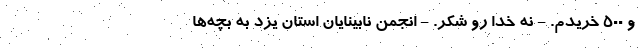
و ۵۰۰ خریدم. - نه خدا رو شکر. - انجمن نابینایان استان یزد به بچه‌ها